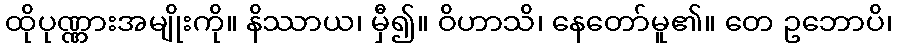
ထိုပုဏ္ဏားအမျိုးကို။ နိဿာယ၊ မှီ၍။ ဝိဟာသိ၊ နေတော်မူ၏။ တေ ဥဘောပိ၊